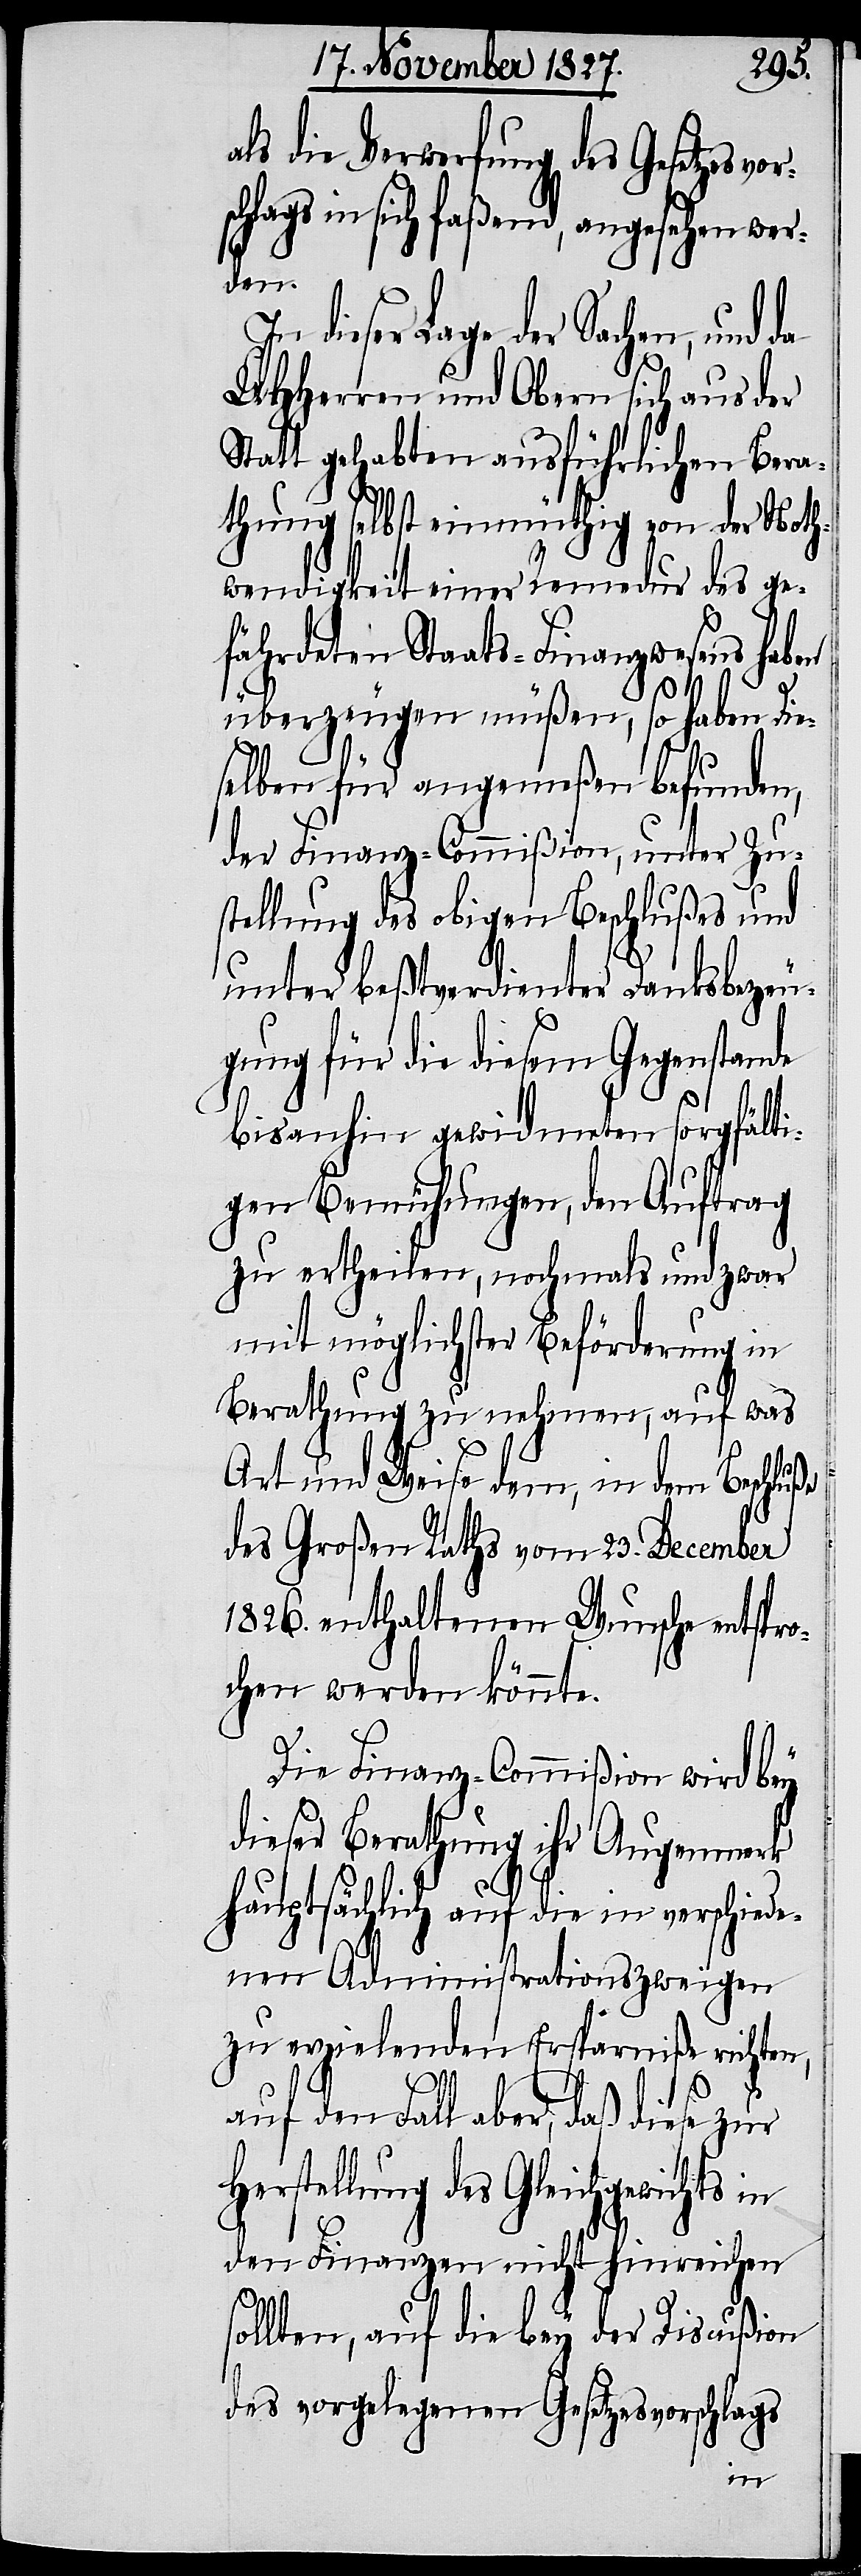
als die Verwerfung des Gesetzesvo¬
schlags in sich faßend, angesehen wer¬
den.
In dieser Lage der Sachen, und
UHHerren und Obern sich aus der
Statt gehabten ausführlichen Bera¬
thung selbst einmüthig von der Noth¬
wendigkeit einer Remedur des ge¬
fährdeten Staats-Finanzwesens haben
überzeugen müßen, so haben Die¬
selben für angemeßen befunden,
der Finanz-Commißion, unter Zu¬
stellung des obigen Beschlußes und
unter beßtverdienter Danksbezeu¬
gung für die diesem Gegenstande
bis anhin gewidmeten sorgfälti¬
gen Bemühungen, den Auftrag
zu ertheilen, nochmals und zwar
mit möglichster Beförderung in
Berathung zu nehmen, auf was
Art und Weise dem, in dem Beschluße
des Großen Raths vom 23. December
1826. enthaltenen Wunsche entspro¬
chen werden könnte.
Die Finanz-Commißion wird bey
dieser Berathung ihr Augenmerk
hauptsächlich auf die in verschiede¬
nen Administrationszweigen
zu erzielenden Ersparniße richten,
auf den Fall aber, daß diese zur
Herstellung des Gleichgewichts in
den Finanzen nicht hinreichen
sollten, auf die bey der Discußion
des vorgelegenen Gesetzesvorschlags
r¬